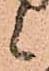
候